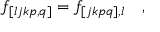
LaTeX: f _ { [ l j k p , q ] } = f _ { [ j k p q ] , l } \quad ,